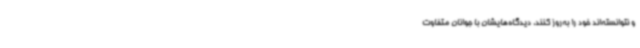
و نتوانسته‌اند خود را به‌روز کنند، دیدگاه‌هایشان با جوانان متفاوت